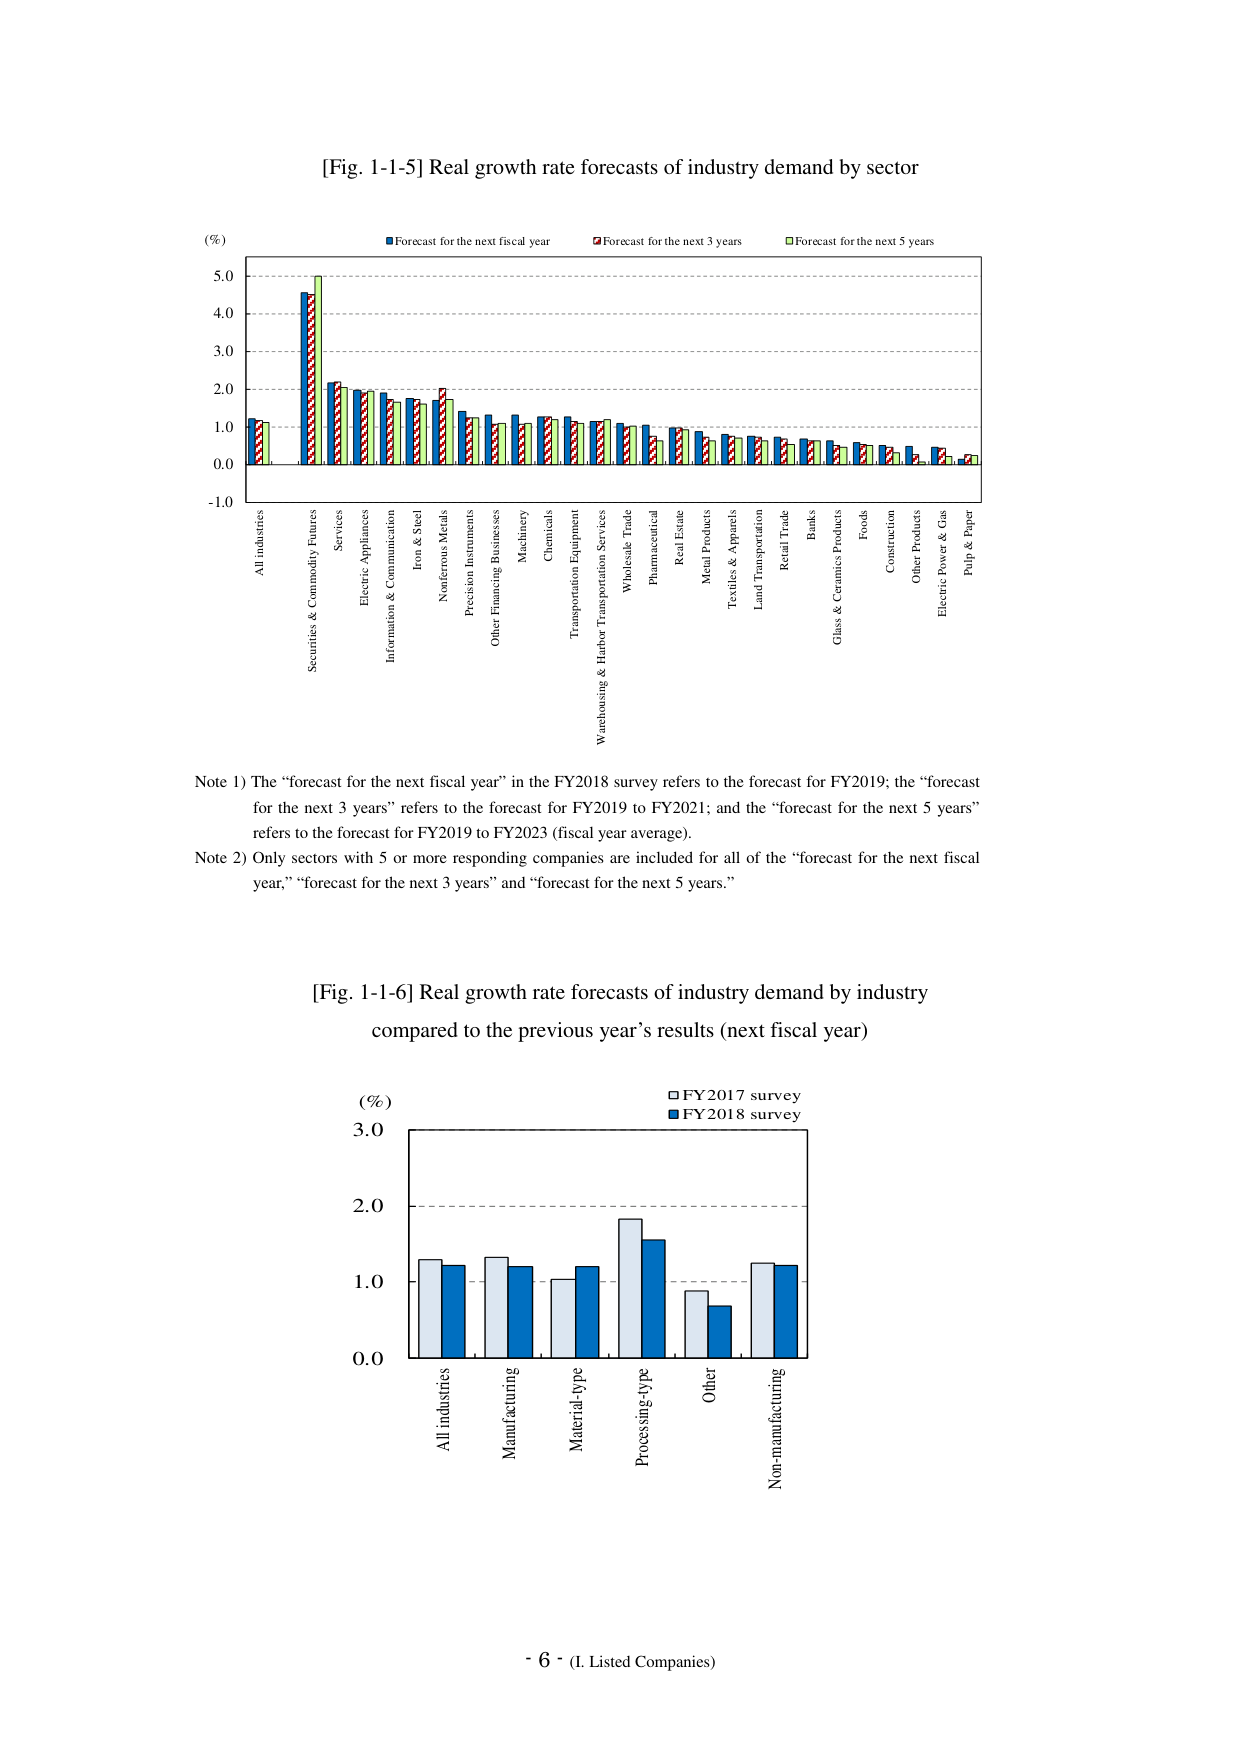
[Fig. 1-1-5] Real growth rate forecasts of industry demand by sector

(%)
■ Forecast for the next fiscal year
■ Forecast for the next 3 years
■ Forecast for the next 5 years

All industries
Securities & Commodity Futures
Services
Electric Appliances
Information & Communication
Iron & Steel
Nonferrous Metals
Precision Instruments
Other Financing Businesses
Machinery
Chemicals
Transportation Equipment
Warehousing & Harbor Transportation Services
Wholesale Trade
Pharmaceutical
Real Estate
Metal Products
Textiles & Apparels
Land Transportation
Retail Trade
Banks
Glass & Ceramics Products
Foods
Construction
Other Products
Electric Power & Gas
Pulp & Paper

Note 1) The “forecast for the next fiscal year” in the FY2018 survey refers to the forecast for FY2019; the “forecast for the next 3 years” refers to the forecast for FY2019 to FY2021; and the “forecast for the next 5 years” refers to the forecast for FY2019 to FY2023 (fiscal year average).
Note 2) Only sectors with 5 or more responding companies are included for all of the “forecast for the next fiscal year,” “forecast for the next 3 years” and “forecast for the next 5 years.”

[Fig. 1-1-6] Real growth rate forecasts of industry demand by industry compared to the previous year’s results (next fiscal year)

(%)
□ FY2017 survey
■ FY2018 survey

All industries
Manufacturing
Material-type
Processing-type
Other
Non-manufacturing

- 6 - (I. Listed Companies)